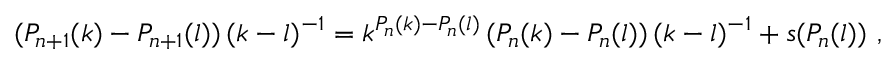
( P _ { n + 1 } ( k ) - P _ { n + 1 } ( l ) ) \, ( k - l ) ^ { - 1 } = k ^ { P _ { n } ( k ) - P _ { n } ( l ) } \, ( P _ { n } ( k ) - P _ { n } ( l ) ) \, ( k - l ) ^ { - 1 } + s ( P _ { n } ( l ) ) \ ,